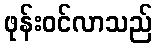
ဖုန်းဝင်လာသည်